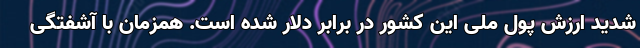
شدید ارزش پول ملی این کشور در برابر دلار شده است. همزمان با آشفتگی